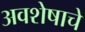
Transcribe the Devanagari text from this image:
अवशेषाचे